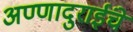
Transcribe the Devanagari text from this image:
अण्णादुराईंचे